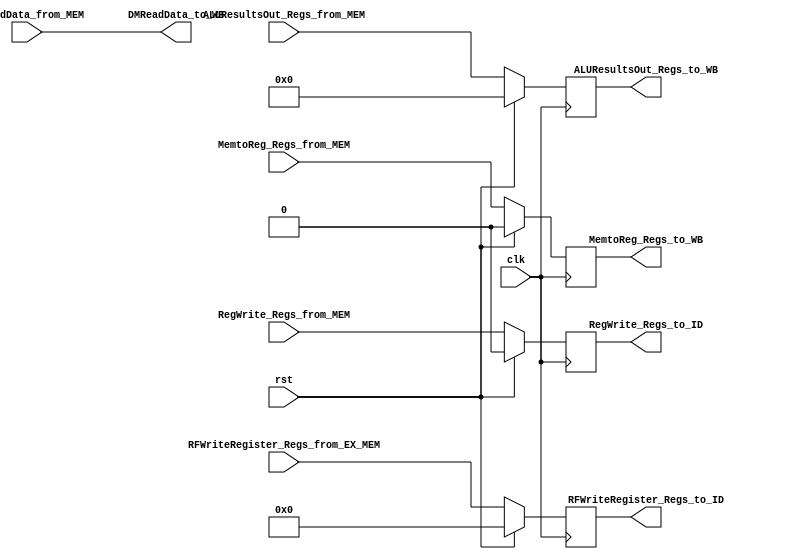
`timescale 1ns / 1ps

module MEM_WBRegs
                (
                    input wire clk,
                    input wire rst,

                    input wire [32-1:0]DMReadData_from_MEM,
                    input wire [32-1:0]ALUResultsOut_Regs_from_MEM,
                    input wire [5-1:0]RFWriteRegister_Regs_from_EX_MEM,

                    input wire RegWrite_Regs_from_MEM,
                    input wire MemtoReg_Regs_from_MEM,

                    output wire [32-1:0]DMReadData_to_WB,
                    output reg [32-1:0]ALUResultsOut_Regs_to_WB,
                    output reg [5-1:0]RFWriteRegister_Regs_to_ID,

                    output reg RegWrite_Regs_to_ID,
                    output reg MemtoReg_Regs_to_WB
                );


assign DMReadData_to_WB = DMReadData_from_MEM;

always@(posedge clk)
    begin
        if(rst == 1)
            begin
                ALUResultsOut_Regs_to_WB <= 0;
                RFWriteRegister_Regs_to_ID <= 0;
                RegWrite_Regs_to_ID <= 0;
                MemtoReg_Regs_to_WB <= 0;
            end 
        else
            begin
                ALUResultsOut_Regs_to_WB <= ALUResultsOut_Regs_from_MEM;
                RFWriteRegister_Regs_to_ID <= RFWriteRegister_Regs_from_EX_MEM;
                RegWrite_Regs_to_ID <= RegWrite_Regs_from_MEM;
                MemtoReg_Regs_to_WB <= MemtoReg_Regs_from_MEM;
            end
    end

endmodule